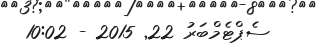
ސެޕްޓެމްބަރު 22